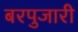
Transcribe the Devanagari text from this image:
बरपुजारी